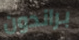
براندون